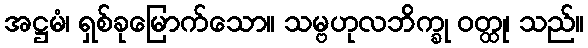
အဋ္ဌမံ၊ ရှစ်ခုမြောက်သော။ သမ္ဗဟုလဘိက္ခု ဝတ္ထု၊ သည်။